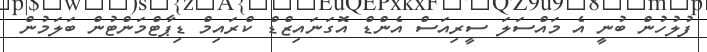
ފުލުހުން ބުނީ އެ މައްސަލަ ސީރިއަސް އެންޑް އޮގަނައިޒްޑް ކްރައިމް ޑިޕާޓްމަންޓުން ބަލަމުން